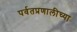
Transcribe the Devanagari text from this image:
पर्वतप्रणालीच्या